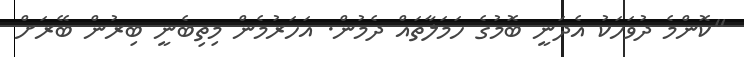
"ކޮންމެ ދުވަހަކު އެދަނީ ބޮމުގެ ހަމަލާތައް ދެމުން. އަހަރުމެން މިތިބެނީ ބިރުން ބޭރަށް